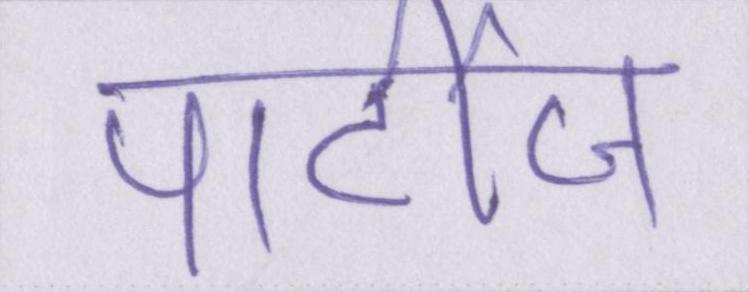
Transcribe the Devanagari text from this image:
पार्टीज